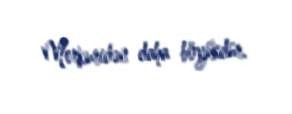
Merkuridən daha böyükdür.